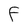
Character: F